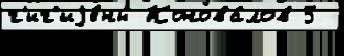
г'иг'иjе́ны Конова́лов 5